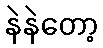
နဲနဲတော့